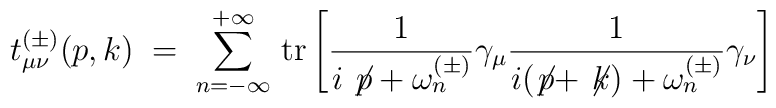
t^{(\pm)}_{\mu\nu}(p,k) \;=\; \sum_{n=-\infty}^{+\infty} \,{\rm tr} \left[\frac{1}{i \not \! p + \omega_n^{(\pm)}} \gamma_\mu \frac{1}{i (\not \! p + \not \! k) + \omega_n^{(\pm)}} \gamma_\nu \right]